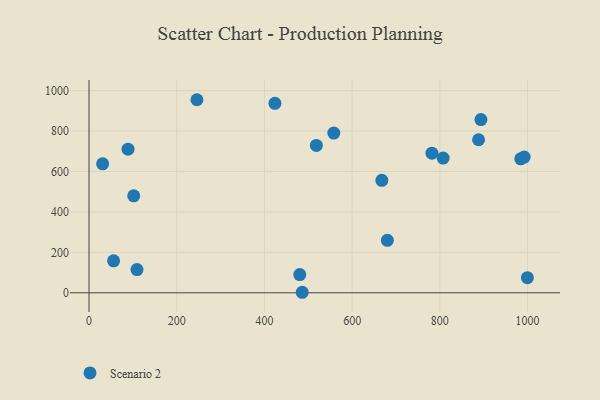
{"axis": {"x": "Price", "y": "Rating"}, "legend": ["Scenario 2"], "data": [{"x": "782.0", "y": 690.3, "type": "Scenario 2"}, {"x": "88.9", "y": 710.3, "type": "Scenario 2"}, {"x": "558.2", "y": 790.0, "type": "Scenario 2"}, {"x": "486.2", "y": 2.6, "type": "Scenario 2"}, {"x": "31.0", "y": 637.9, "type": "Scenario 2"}, {"x": "893.7", "y": 856.5, "type": "Scenario 2"}, {"x": "56.0", "y": 158.1, "type": "Scenario 2"}, {"x": "807.5", "y": 666.0, "type": "Scenario 2"}, {"x": "109.4", "y": 115.1, "type": "Scenario 2"}, {"x": "984.5", "y": 662.5, "type": "Scenario 2"}, {"x": "246.1", "y": 954.8, "type": "Scenario 2"}, {"x": "518.4", "y": 728.9, "type": "Scenario 2"}, {"x": "423.9", "y": 936.9, "type": "Scenario 2"}, {"x": "480.6", "y": 90.2, "type": "Scenario 2"}, {"x": "667.7", "y": 556.0, "type": "Scenario 2"}, {"x": "680.3", "y": 259.4, "type": "Scenario 2"}, {"x": "999.6", "y": 74.7, "type": "Scenario 2"}, {"x": "888.3", "y": 756.8, "type": "Scenario 2"}, {"x": "101.9", "y": 479.4, "type": "Scenario 2"}, {"x": "992.3", "y": 671.1, "type": "Scenario 2"}]}